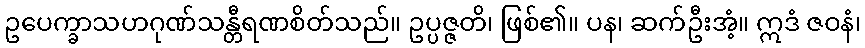
ဥပေက္ခာသဟဂုဏ်သန္တီရဏစိတ်သည်။ ဥပ္ပဇ္ဇတိ၊ ဖြစ်၏။ ပန၊ ဆက်ဦးအံ့။ ဣဒံ ဇဝနံ၊